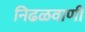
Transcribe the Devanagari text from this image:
निढळवाणी